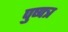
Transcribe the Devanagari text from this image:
पुष्पत्र